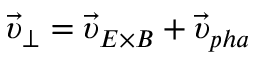
\vec { \upsilon } _ { \perp } = \vec { \upsilon } _ { E \times B } + \vec { \upsilon } _ { p h a }